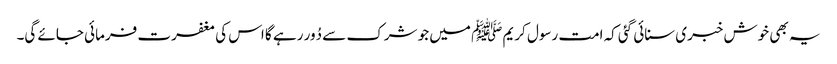
یہ بھی خوش خبری سنائی گئی کہ امت رسول کریم ﷺ میں جو شرک سے دُور رہے گا اس کی مغفرت فرمائی جائے گی۔